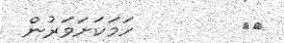
٥٨        ހަމަކަށަވަރުން